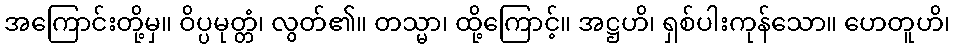
အကြောင်းတို့မှ။ ဝိပ္ပမုတ္တံ၊ လွတ်၏။ တသ္မာ၊ ထို့ကြောင့်။ အဋ္ဌဟိ၊ ရှစ်ပါးကုန်သော။ ဟေတူဟိ၊